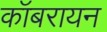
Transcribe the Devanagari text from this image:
कॉबरायन